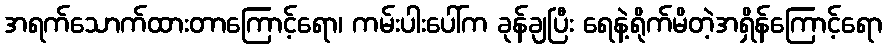
အရက်သောက်ထားတာကြောင့်ရော၊ ကမ်းပါးပေါ်က ခုန်ချပြီး ရေနဲ့ရိုက်မိတဲ့အရှိန်ကြောင့်ရော